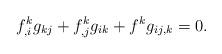
LaTeX: \begin{align*}f^k_{,i}g_{kj} + f^k_{,j}g_{ik} + f^k g_{ij,k} = 0.\end{align*}